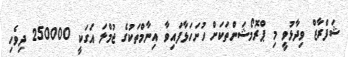
ޝަފްރާޒް ވިދާޅުވީ މި ޕްރޮމޯޝަންތަކަށް ހުށަހަޅާފައިވާ އިނާމްތަކުގެ ޖުމްލަ އަގަކީ 250000 ދިވެހި